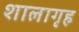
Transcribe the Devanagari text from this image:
शालागृह